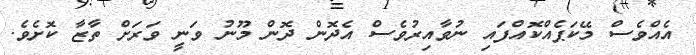
އެއްވެސް މޭކަޕެއްކޮއްފައި ނުވާއިރުވެސް އެދޮން ދޮން މޫނު ވަނީ ވަރަށް ތާޒާ ކޮށެވެ.